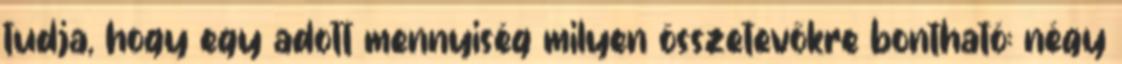
tudja, hogy egy adott mennyiség milyen összetevőkre bontható: négy